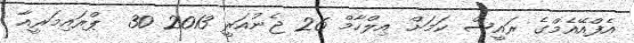
އެފްއޭއެމްގެ ރައީސް ކަމަށް އިލްހާމް 26 ޖެނުއަރީ 2013 30  ޕްރައިމަރީއާ